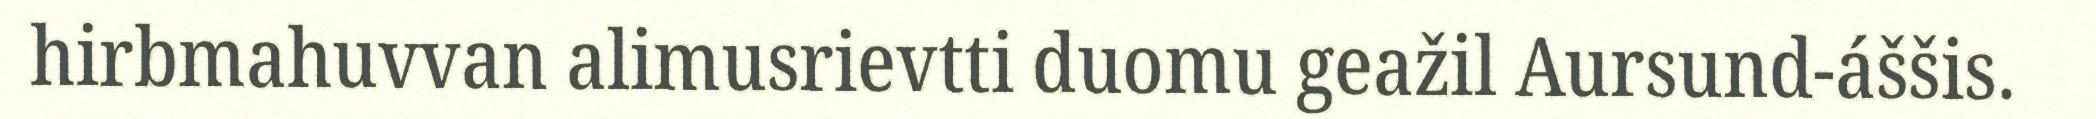
hirbmahuvvan alimusrievtti duomu geažil Aursund-áššis.